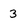
Character: 3